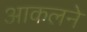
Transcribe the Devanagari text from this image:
आकलने